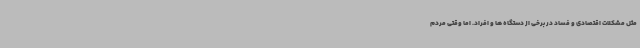
مثل مشکلات اقتصادی و فساد در برخی از دستگاه ها و افراد. اما وقتی مردم